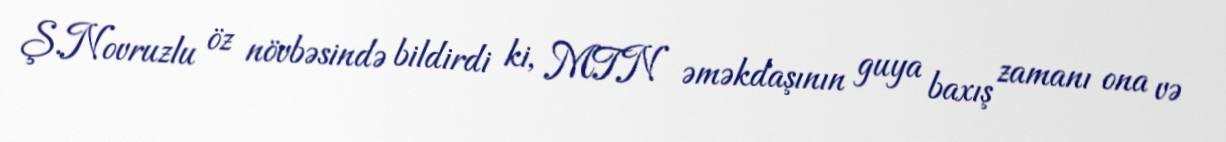
Ş.Novruzlu öz növbəsində bildirdi ki, MTN əməkdaşının guya baxış zamanı ona və